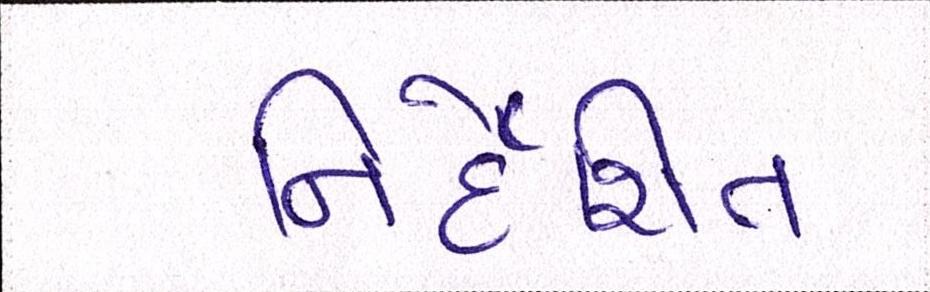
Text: નિર્દેશિત